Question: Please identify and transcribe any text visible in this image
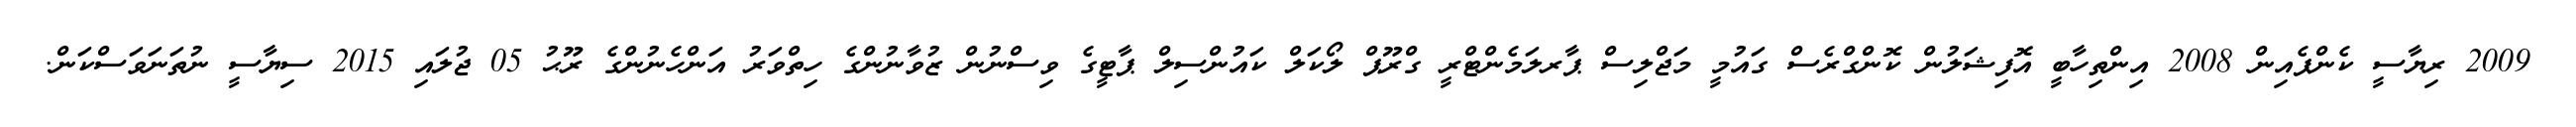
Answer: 2009 ރިޔާސީ ކެންޕެއިން 2008 އިންތިހާބީ އޮފިޝަލުން ކޮންގްރެސް ގައުމީ މަޖްލިސް ޕާރލަމެންޓްރީ ގްރޫޕް ލޯކަލް ކައުންސިލް ޕާޓީގެ ވިސްނުން ޒުވާނުންގެ ހިތްވަރު އަންހެނުންގެ ރޫޙު 05 ޖުލައި 2015 ސިޔާސީ ނުތަނަވަސްކަން.